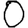
Digit: 0